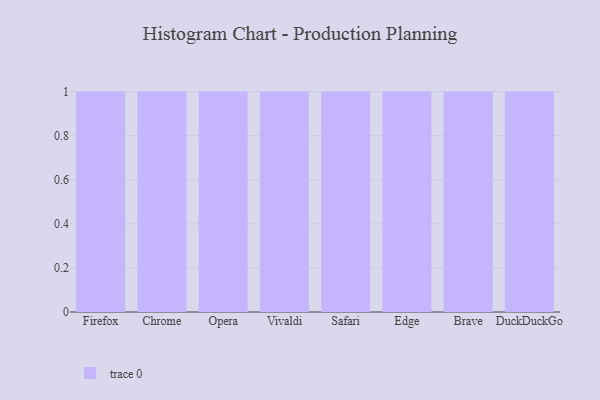
{"axis": {"x": "Browser", "y": "Inventory Turnover"}, "legend": [""], "data": [{"x": "Firefox", "y": 48, "type": ""}, {"x": "Chrome", "y": 53, "type": ""}, {"x": "Opera", "y": 45, "type": ""}, {"x": "Vivaldi", "y": 40, "type": ""}, {"x": "Safari", "y": 63, "type": ""}, {"x": "Edge", "y": 35, "type": ""}, {"x": "Brave", "y": 7, "type": ""}, {"x": "DuckDuckGo", "y": 50, "type": ""}]}